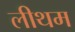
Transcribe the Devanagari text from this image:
लीथम